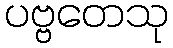
ပဗ္ဗတေသု